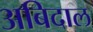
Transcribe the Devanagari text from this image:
अबिदाल